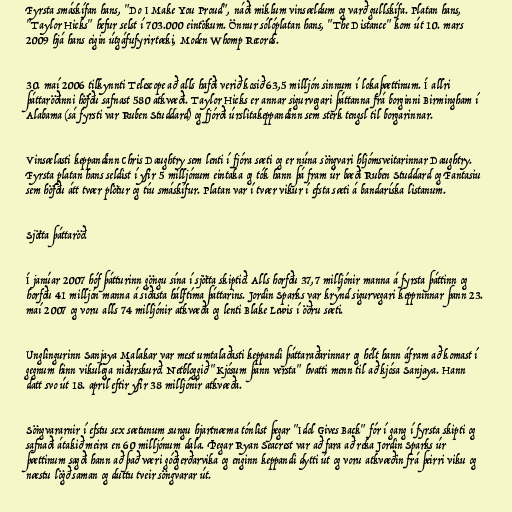
Fyrsta smáskífan hans, "Do I Make You Proud", náði miklum vinsældum og varð gullskífa. Platan hans,
"Taylor Hicks" hefur selst í 703.000 eintökum. Önnur sólóplatan hans, "The Distance" kom út 10. mars
2009 hjá hans eigin útgáfufyrirtæki, Moden Whomp Records.

30. maí 2006 tilkynnti Telescope að alls hafði verið kosið 63,5 milljón sinnum í lokaþættinum. Í allri
þáttaröðinni höfðu safnast 580 atkvæði. Taylor Hicks er annar sigurvegari þáttanna frá borginni Birmingham í
Alabama (sá fyrsti var Ruben Studdard) og fjórði úrslitakeppandinn sem sterk tengsl til borgarinnar.

Vinsælasti keppandinn Chris Daughtry sem lenti í fjóra sæti og er núna söngvari hljómsveitarinnar Daughtry.
Fyrsta platan hans seldist í yfir 5 milljónum eintaka og tók hann þá fram úr bæði Ruben Studdard og Fantasiu
sem höfðu átt tvær plötur og tíu smáskífur. Platan var í tvær vikur í efsta sæti á bandaríska listanum.

Sjötta þáttaröð.

Í janúar 2007 hóf þátturinn göngu sína í sjötta skiptið. Alls horfðu 37,7 milljónir manna á fyrsta þáttinn og
horfðu 41 milljón manna á síðasta hálftíma þáttarins. Jordin Sparks var krýnd sigurvegari keppninnar þann 23.
maí 2007 og voru alls 74 milljónir atkvæða og lenti Blake Lewis í öðru sæti.

Unglingurinn Sanjaya Malakar var mest umtalaðasti keppandi þáttaraðarinnar og hélt hann áfram að komast í
gegnum hinn vikulega niðurskurð. Netbloggið "Kjósum þann versta" hvatti menn til að kjósa Sanjaya. Hann
datt svo út 18. apríl eftir yfir 38 milljónir atkvæða.

Söngvararnir í efstu sex sætunum sungu hjartnæma tónlist þegar "Idol Gives Back" fór í gang í fyrsta skipti og
safnaði átakið meira en 60 milljónum dala. Þegar Ryan Seacrest var að fara að reka Jordin Sparks úr
þættinum sagði hann að það væri góðgerðarvika og enginn keppandi dytti út og voru atkvæðin frá þeirri viku og
næstu lögð saman og duttu tveir söngvarar út.